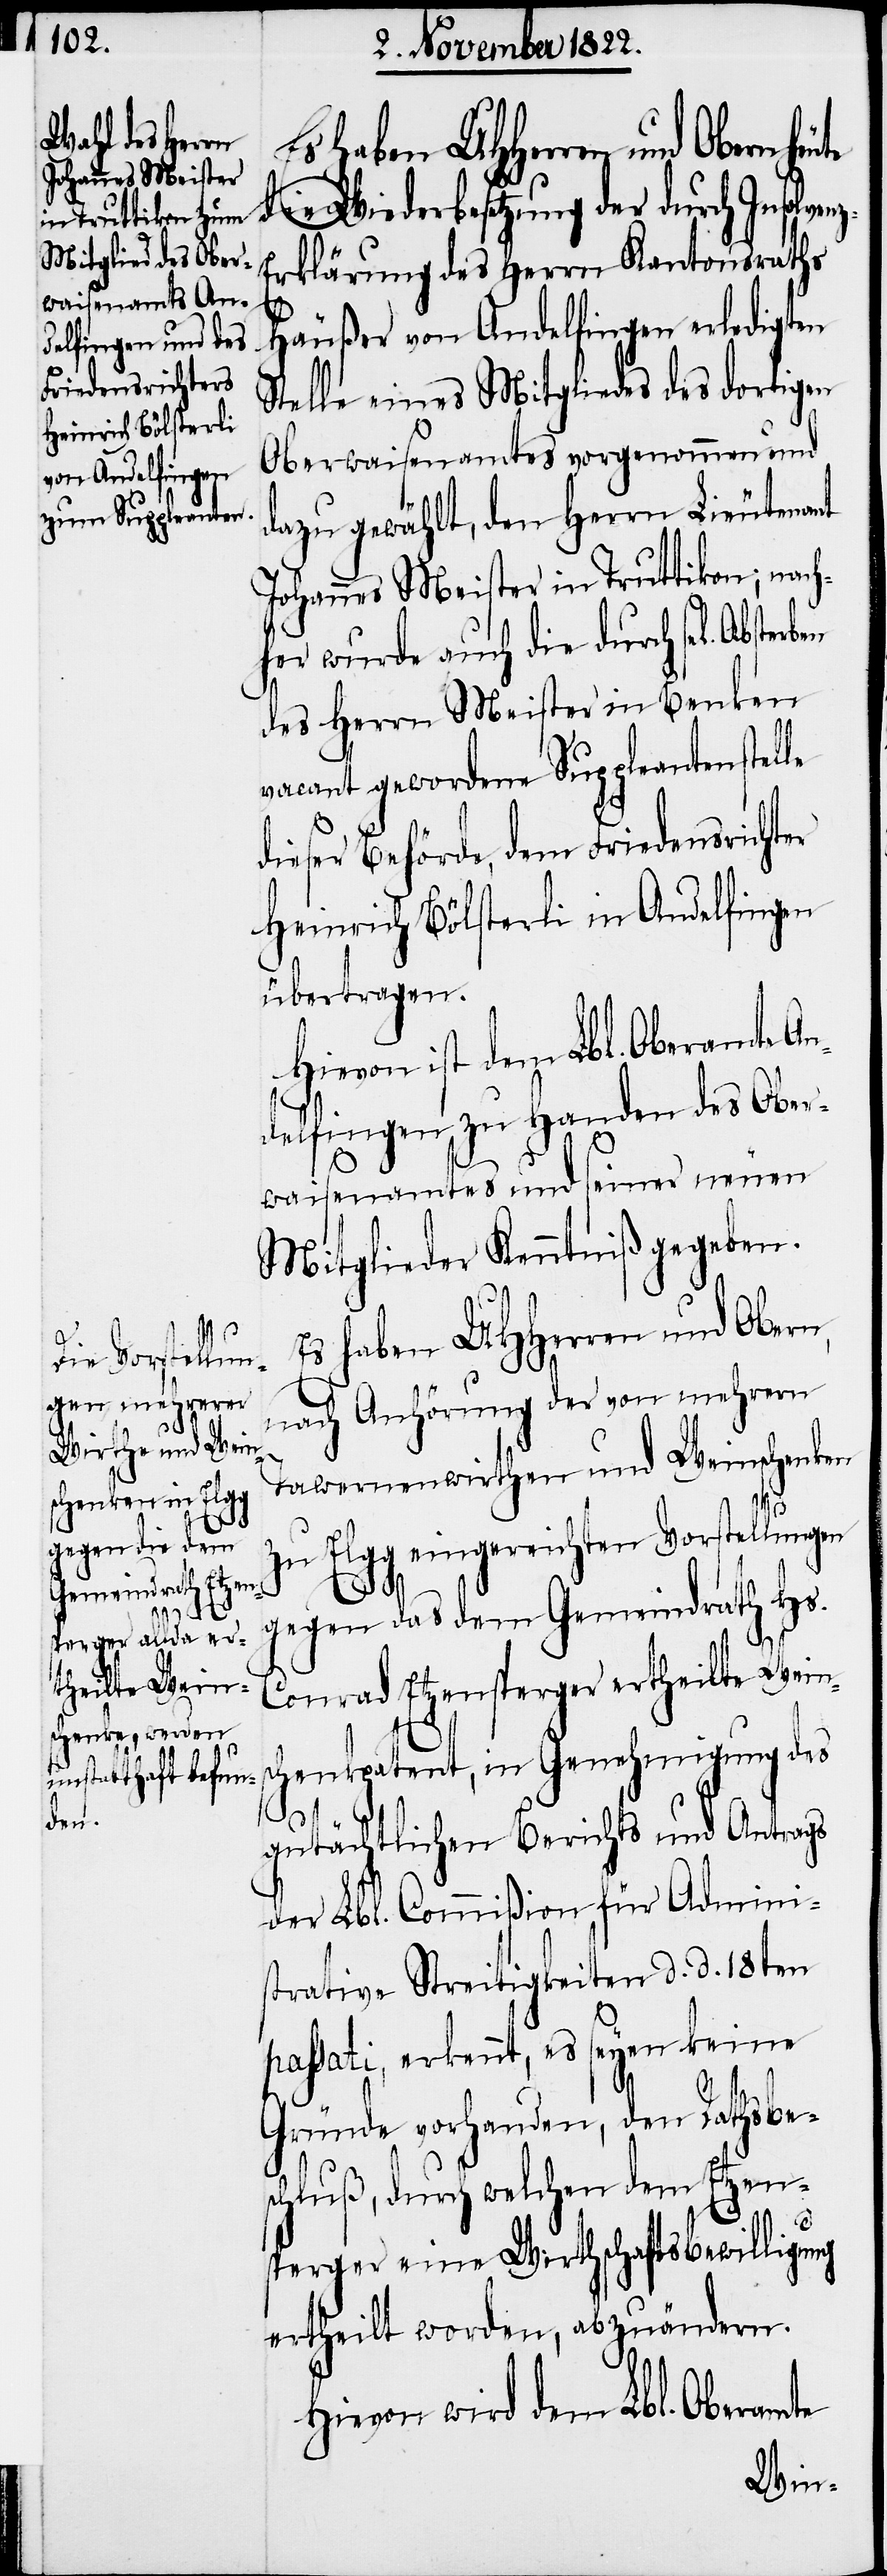
ben

die Wiederbesetzung der durch Insolven¬
rklärung des Herrn Kantonsraths
Häußer von Andelfingen erledigten
Stelle eines Mitgliedes des dortigen
Oberwaisenamtes vorgenommen und
dazu gewählt, den Herrn Lieutenant
Johannes Meister in Truttikon; nach¬
her wurde auch die durch sel. Abster¬
des Herrn Meister in Benken
vacant gewordene Suppleantenstelle
dieser Behörde, dem Friedensrichter
Heinrich Bölsterli in Andelfingen
übertragen.
Hievon ist dem Lbl. Oberamte A¬
ndelfingen zu Handen des Ober¬
waisenamtes und seiner neuen
Mitglieder Kenntniß gegeben.
Es haben UHHerren und Obern,
z-E¬
nach Anhörung der von mehrern
Tawernenwirthen und Weinschenken
zu Elgg eingereichten Vorstellungen
gegen das dem Gemeindrath Hs.
Conrad Etzensperger ertheilte Weins¬
chenkpatent, in Genehmigung des
gutächtlichen Berichts und Antrags
der Lbl. Commißion für Admini¬
strative Streitigkeiten d. d. 18ten
passati, erkennt, es seyen keine
Gründe vorhanden, den Rathsbe¬
schluß, durch welchen dem Etzen¬
sperger eine Wirthschaftsbewilligung
ertheilt worden, abzuändern.
Hievon wird dem Lbl. Oberamte